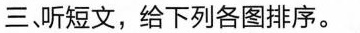
三、听短文，给下列各图排序。